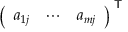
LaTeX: { \left( \begin{array} { l l l } { a _ { 1 j } } & { \cdots } & { a _ { m j } } \end{array} \right) } ^ { \textsf { T } }